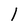
Character: l